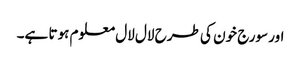
اور سورج خون کی طرح لال لال معلوم ہوتا ہے۔